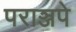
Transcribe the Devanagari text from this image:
पराञ्जपे